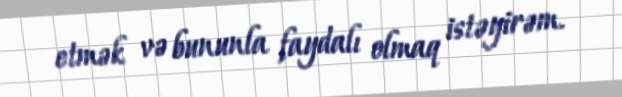
etmək və bununla faydalı olmaq istəyirəm.